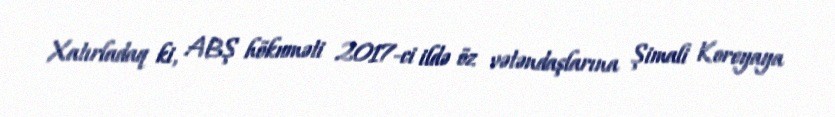
Xatırladaq ki, ABŞ hökuməti 2017-ci ildə öz vətəndaşlarına Şimali Koreyaya